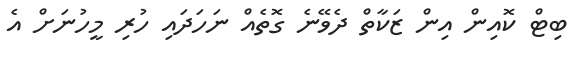
ބިޓް ކޮއިން އިން ޒަކާތް ދެވޭނެ ގޮތެއް ނަހަދައި ހުރި މީހުނަށް އެ